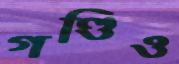
গণ্ডিও